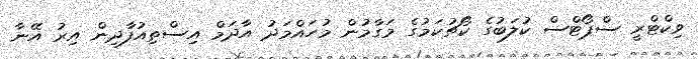
ވިކްޓްރީ ސްޕޯޓްސް ކުލަބުގެ ކޯޗުކަމުގެ މަގާމުން މުހައްމަދު އާދަމް އިސްތިއުފާދިން އިރު އޭނާ